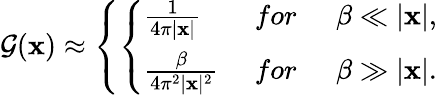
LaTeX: {\cal G}({\mathbf x})\approx\left\{ \left\{ \begin{array}{ll}{{{\frac{1}{4\pi\vert{\mathbf x}\vert}}\; }}&{{for\; \; \; \; \; \beta\ll\vert{\mathbf x}\vert,}}\\ {{{\frac{\beta}{4\pi^{2}\vert{\mathbf x}\vert^{2}}}\; }}&{{for\; \; \; \; \; \beta\gg\vert{\mathbf x}\vert.}}\end{array}\right.\right.